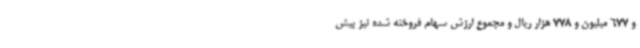
و 677 میلیون و 778 هزار ریال و مجموع ارزش سهام فروخته‌ شده نیز بیش